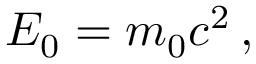
E _ { 0 } = m _ { 0 } c ^ { 2 } \, ,